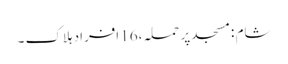
شام :مسجد پر حملہ ،16 افراد ہلاک ۔